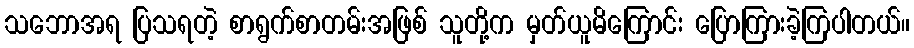
သဘောအရ ပြသရတဲ့ စာရွက်စာတမ်းအဖြစ် သူတို့က မှတ်ယူမိကြောင်း ပြောကြားခဲ့ကြပါတယ်။